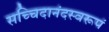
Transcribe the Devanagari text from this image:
सच्चिदानंदस्वरूपं